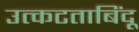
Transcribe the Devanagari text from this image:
उत्कटताबिंदू